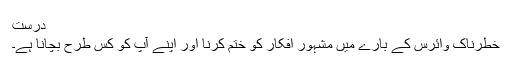
درست
خطرناک وائرس کے بارے میں مشہور افکار کو ختم کرنا اور اپنے آپ کو کس طرح بچانا ہے۔